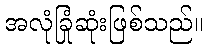
အလုံခြုံဆုံးဖြစ်သည်။